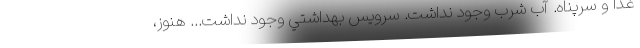
غذا و سرپناه. آب شرب وجود نداشت. سرويس بهداشتي وجود نداشت... هنوز،